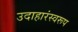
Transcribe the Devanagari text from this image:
उदाहारंस्वरूप